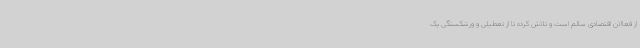
از فعالان اقتصادی سالم است و تلاش کرده تا از تعطیلی و ورشکستگی یک